Indian journal of veterinary science and animal husbandry - Volume 12,
Year: 1942
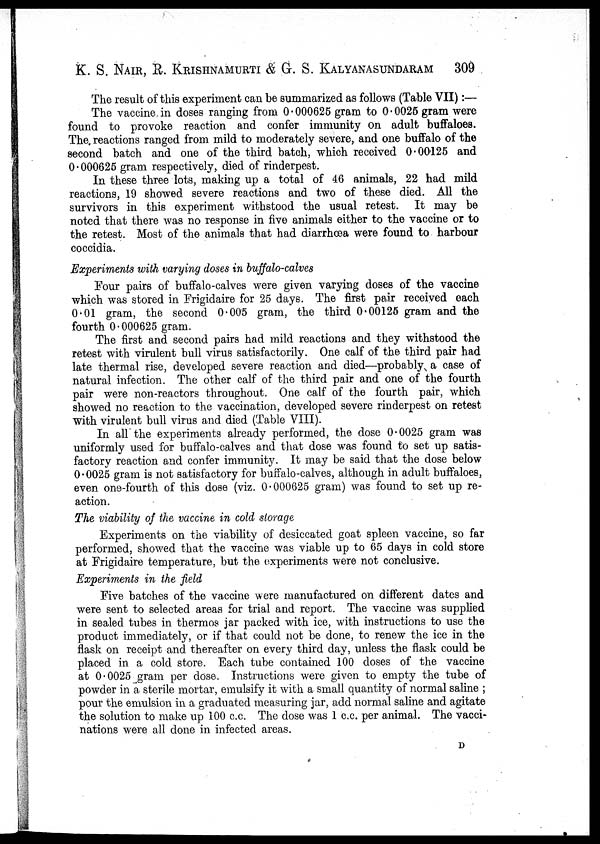
K. S. NAIR, R. KRISHNAMURTI & G. S. KALYANASUNDARAM 309
The result of this experiment can be summarized as follows (Table VII):—
The vaccine in doses ranging from 0.000625 gram to 0.0025 gram were
found to provoke reaction and confer immunity on adult buffaloes.
The reactions ranged from mild to moderately severe, and one buffalo of the
second batch and one of the third batch, which received 0.00125 and
0.000625 gram respectively, died of rinderpest.
In these three lots, making up a total of 46 animals, 22 had mild
reactions, 19 showed severe reactions and two of these died. All the
survivors in this experiment withstood the usual retest. It may be
noted that there was no response in five animals either to the vaccine or to
the retest. Most of the animals that had diarrhœa were found to harbour
coccidia.
Experiments with varying doses in buffalo-calves
Four pairs of buffalo-calves were given varying doses of the vaccine
which was stored in Frigidaire for 25 days. The first pair received each
0.01 gram, the second 0.005 gram, the third 0.00125 gram and the
fourth 0.000625 gram.
The first and second pairs had mild reactions and they withstood the
retest with virulent bull virus satisfactorily. One calf of the third pair had
late thermal rise, developed severe reaction and died—probably a case of
natural infection. The other calf of the third pair and one of the fourth
pair were non-reactors throughout. One calf of the fourth pair, which
showed no reaction to the vaccination, developed severe rinderpest on retest
with virulent bull virus and died (Table VIII).
In all the experiments already performed, the dose 0.0025 gram was
uniformly used for buffalo-calves and that dose was found to set up satis-
factory reaction and confer immunity. It may be said that the dose below
0.0025 gram is not satisfactory for buffalo-calves, although in adult buffaloes,
even one-fourth of this dose (viz. 0.000625 gram) was found to set up re-
action.
The viability of the vaccine in cold storage
Experiments on the viability of desiccated goat spleen vaccine, so far
performed, showed that the vaccine was viable up to 65 days in cold store
at Frigidaire temperature, but the experiments were not conclusive.
Experiments in the field
Five batches of the vaccine were manufactured on different dates and
were sent to selected areas for trial and report. The vaccine was supplied
in sealed tubes in thermos jar packed with ice, with instructions to use the
product immediately, or if that could not be done, to renew the ice in the
flask on receipt and thereafter on every third day, unless the flask could be
placed in a cold store. Each tube contained 100 doses of the vaccine
at 0.0025 gram per dose. Instructions were given to empty the tube of
powder in a sterile mortar, emulsify it with a small quantity of normal saline ;
pour the emulsion in a graduated measuring jar, add normal saline and agitate
the solution to make up 100 c.c. The dose was 1 c.c. per animal. The vacci-
nations were all done in infected areas.
D